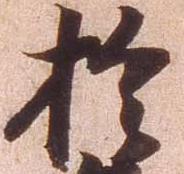
於